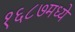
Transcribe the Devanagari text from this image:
१६८७मध्ये